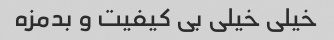
خیلی خیلی بی کیفیت و بدمزه